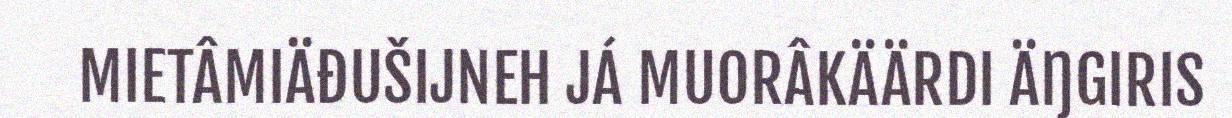
MIETÂMIÄĐUŠIJNEH JÁ MUORÂKÄÄRDI ÄŊGIRIS